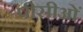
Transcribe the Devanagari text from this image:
पीसीओं